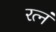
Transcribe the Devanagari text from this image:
रत्नं